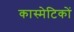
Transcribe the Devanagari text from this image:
कास्मेटिकों